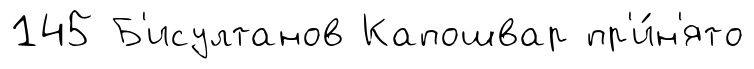
145 Б'исултанов Капошвар пр'и́н'ято